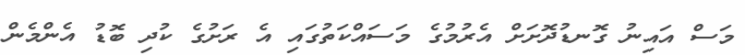
މަސް އައިނު ގޮނޑުދޮށަށް އެރުމުގެ މަސައްކަތުގައި އެ ރަށުގެ ކުދި ބޮޑު އެންމެން